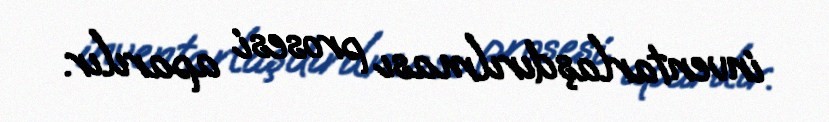
inventarlaşdırılması prosesi aparılır.